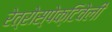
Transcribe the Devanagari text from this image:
रेत्रोस्पेक्टिवेली